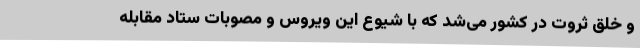
و خلق ثروت در کشور می‌شد که با شیوع این ویروس و مصوبات ستاد مقابله